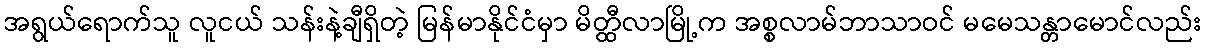
အရွယ်ရောက်သူ လူငယ် သန်းနဲ့ချီရှိတဲ့ မြန်မာနိုင်ငံမှာ မိတ္ထီလာမြို့က အစ္စလာမ်ဘာသာဝင် မမေသန္တာမောင်လည်း